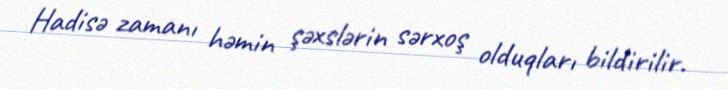
Hadisə zamanı həmin şəxslərin sərxoş olduqları bildirilir.